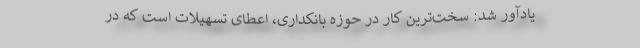
یادآور شد: سخت‌ترین کار در حوزه بانکداری، اعطای تسهیلات است که در